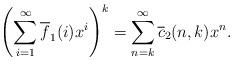
LaTeX: \begin{align*}\left(\sum_{i=1}^\infty\overline{f}_1(i)x^i\right)^k=\sum_{n=k}^\infty\overline{c}_2(n,k)x^n.\end{align*}